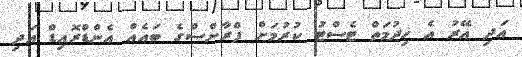
އަދި އޭރު އެ ޚިދުމަތް ޓެސްޓު ކުރުމަށް ފްރާންސްގެ ބައެއް އެންޑްރޮއިޑް އަދި